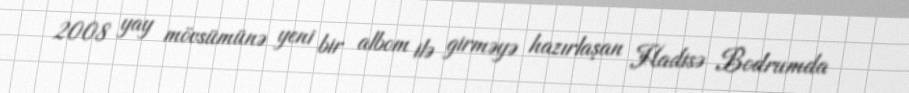
2008 yay mövsümünə yeni bir albom ilə girməyə hazırlaşan Hadisə Bodrumda